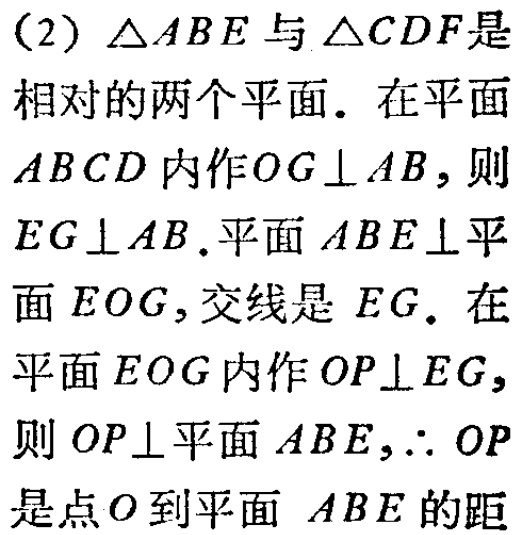
(2) $\triangle ABE$与$\triangle CDF$是

相对的两个平面. 在平面

$ABCD$内作$OG\perp AB$，则

$EG\perp AB$.平面$ABE\perp$平

面$EOG$，交线是$EG$. 在

平面$EOG$内作$OP\perp EG$，

则$OP\perp$平面$ABE$，$\therefore OP$

是点$O$到平面$ABE$的距